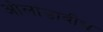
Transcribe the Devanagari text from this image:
ओलांडावीच